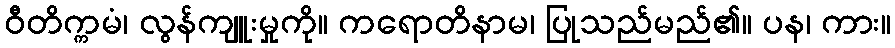
ဝီတိက္ကမံ၊ လွန်ကျူးမှုကို။ ကရောတိနာမ၊ ပြုသည်မည်၏။ ပန၊ ကား။